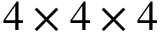
4 \times 4 \times 4